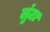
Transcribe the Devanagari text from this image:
लुंटा